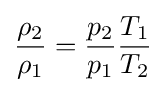
{\frac {\rho _{2}}{\rho _{1}}}={\frac {p_{2}}{p_{1}}}{\frac {T_{1}}{T_{2}}}